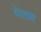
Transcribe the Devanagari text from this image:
गेलाम